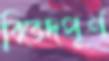
বিভেদপূর্ণ